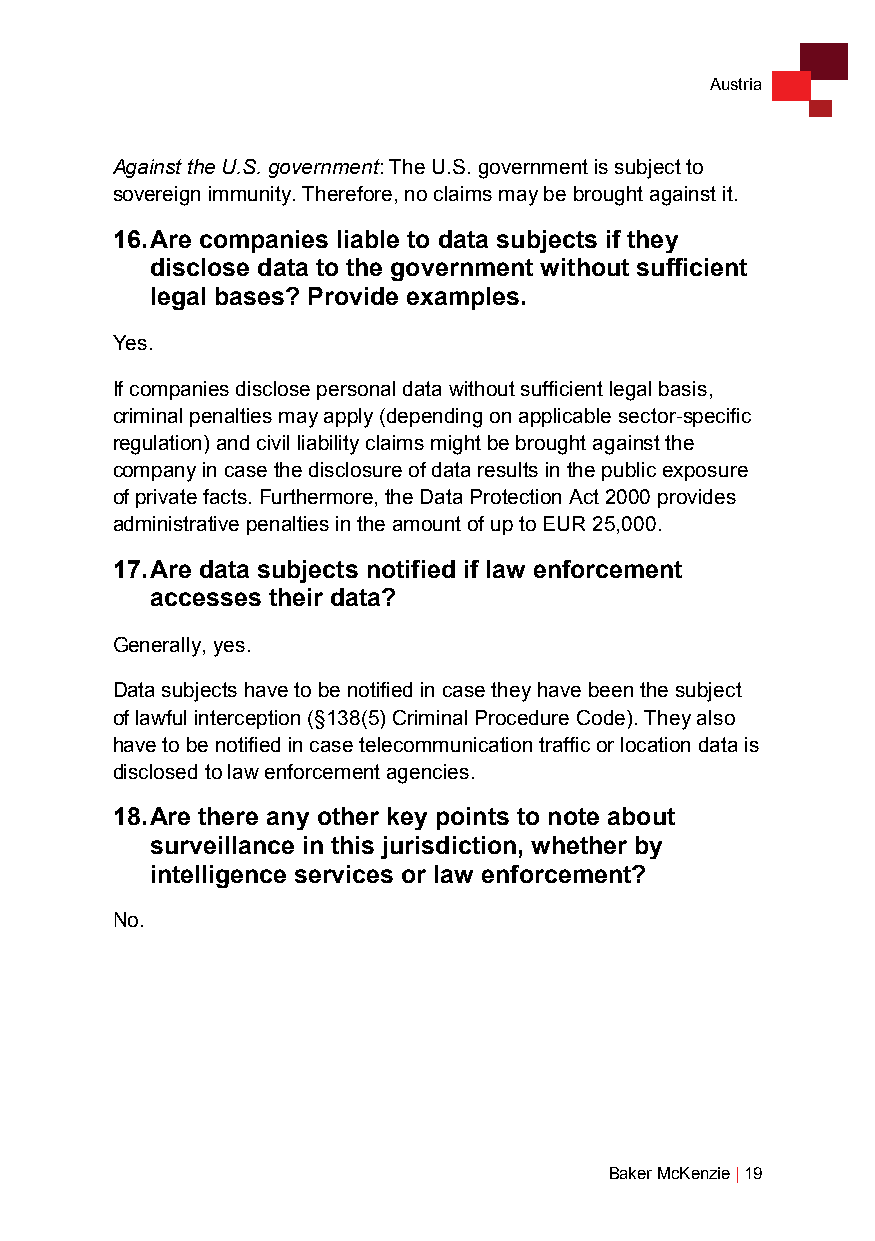
Austria
 Against the U.S. government: The U.S. government is subject to
 sovereign immunity. Therefore, no claims may be brought against it.
 16. Are companies liable to data subjects if they
 disclose data to the government without sufficient
 legal bases? Provide examples.
 Yes.
 If companies disclose personal data without sufficient legal basis,
 criminal penalties may apply (depending on applicable sector-specific
 regulation) and civil liability claims might be brought against the
 company in case the disclosure of data results in the public exposure
 of private facts. Furthermore, the Data Protection Act 2000 provides
 administrative penalties in the amount of up to EUR 25,000.
 17. Are data subjects notified if law enforcement
 accesses their data?
 Generally, yes.
 Data subjects have to be notified in case they have been the subject
 of lawful interception (§138(5) Criminal Procedure Code). They also
 have to be notified in case telecommunication traffic or location data is
 disclosed to law enforcement agencies.
 18. Are there any other key points to note about
 surveillance in this jurisdiction, whether by
 intelligence services or law enforcement?
 No.
 Baker McKenzie | 19